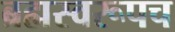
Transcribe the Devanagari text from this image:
ब्रह्मस्वरूपच